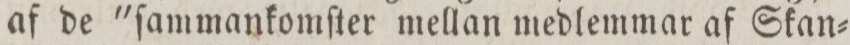
af de 'ſammankomſter mellan medlemmar af Skan=